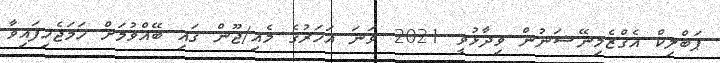
ޕަބްލިކް އެގްޒެމިނޭޝަނުން ވިދާޅުވީ 2021 ވަނަ އަހަރުގެ މެއި/ޖޫން ގައި ބޭއްވުމަށް ހަމަޖެހިފައިވާ